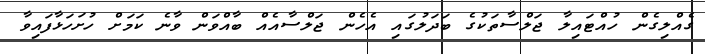
ގެއްލިގެން ހުއްޓައިލާ ޖަލްސާތަކުގެ ބަދަލުގައި އެހެން ޖަލްސާއެއް ބާއްވަން ވާނެ ކަމަށް ހުށަހަޅާފައިވާ